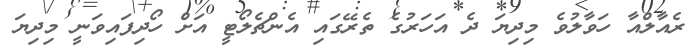
ރެއާލްއާ ހަވާލުވެ މިދިޔަ ދެ އަހަރުގެ ތެރޭގައި އެންޗެލޯޓީ އަށް ހޯދިފައިވަނީ މިދިޔަ